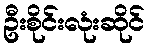
ဦးစိုင်းလုံးဆိုင်